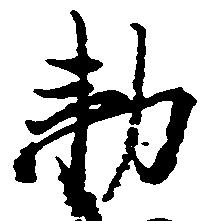
勅